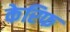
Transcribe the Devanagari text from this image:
केरिफ